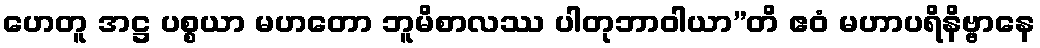
ဟေတူ အဋ္ဌ ပစ္စယာ မဟတော ဘူမိစာလဿ ပါတုဘာဝါယာ”တိ ဧဝံ မဟာပရိနိဗ္ဗာနေ